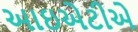
આઇએટીએ